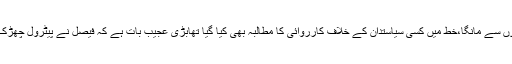
خط کے متن میں لکھا تھاکہ میرا قصور بس اتنا ہے کہ میں نے پی ٹی آئی کو ووٹ دیا اور لوگوں سے مانگا،خط میں کسی سیاستدان کے خلاف کارروائی کا مطالبہ بھی کیا گیا تھابڑی عجیب بات ہے کہ فیصل نے پیٹرول چھڑک کرخودکوآگ لگائی اوربری طرح جل گیا پھربھی اُس کی جیب میں خط کیسے محفوظ رہاہوگا؟